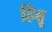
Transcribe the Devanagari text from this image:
हिबू